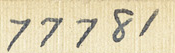
77781